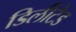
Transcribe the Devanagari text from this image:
डिलीटेड